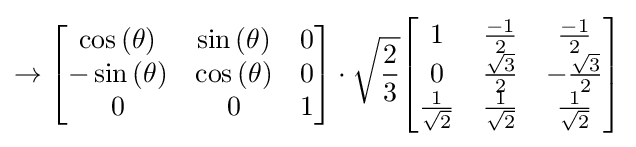
\to {\begin{bmatrix}\cos {\left(\theta \right)}&\sin {\left(\theta \right)}&0\\-\sin {\left(\theta \right)}&\cos {\left(\theta \right)}&0\\0&0&1\end{bmatrix}}\cdot {\sqrt {\frac {2}{3}}}{\begin{bmatrix}1&{\frac {-1}{2}}&{\frac {-1}{2}}\\0&{\frac {\sqrt {3}}{2}}&-{\frac {\sqrt {3}}{2}}\\{\frac {1}{\sqrt {2}}}&{\frac {1}{\sqrt {2}}}&{\frac {1}{\sqrt {2}}}\end{bmatrix}}